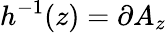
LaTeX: h^{-1}(z)=\partial A_{z}